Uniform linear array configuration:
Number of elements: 8
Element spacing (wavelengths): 1
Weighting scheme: binomial
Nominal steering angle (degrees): -45
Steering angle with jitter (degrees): -45.565
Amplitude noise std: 0.05
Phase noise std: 0.05

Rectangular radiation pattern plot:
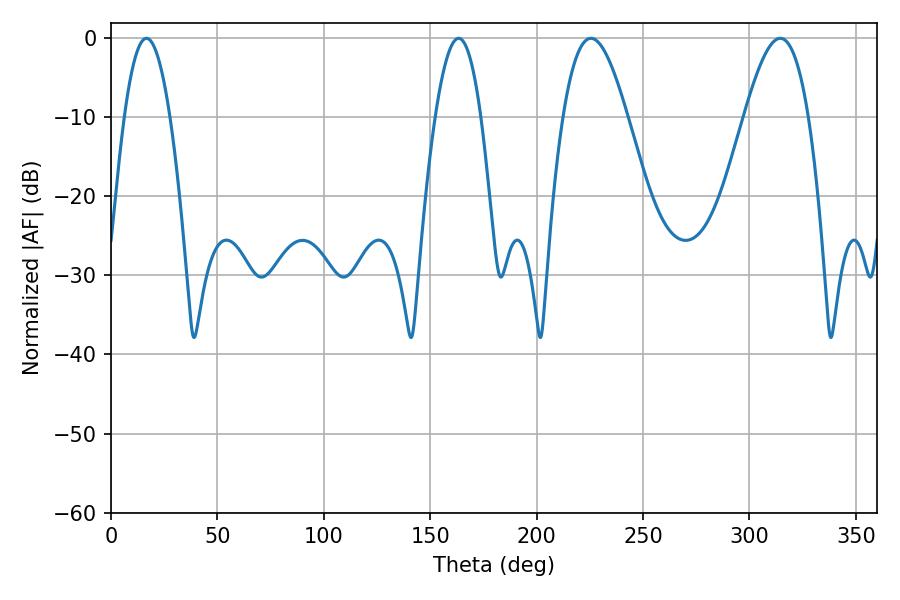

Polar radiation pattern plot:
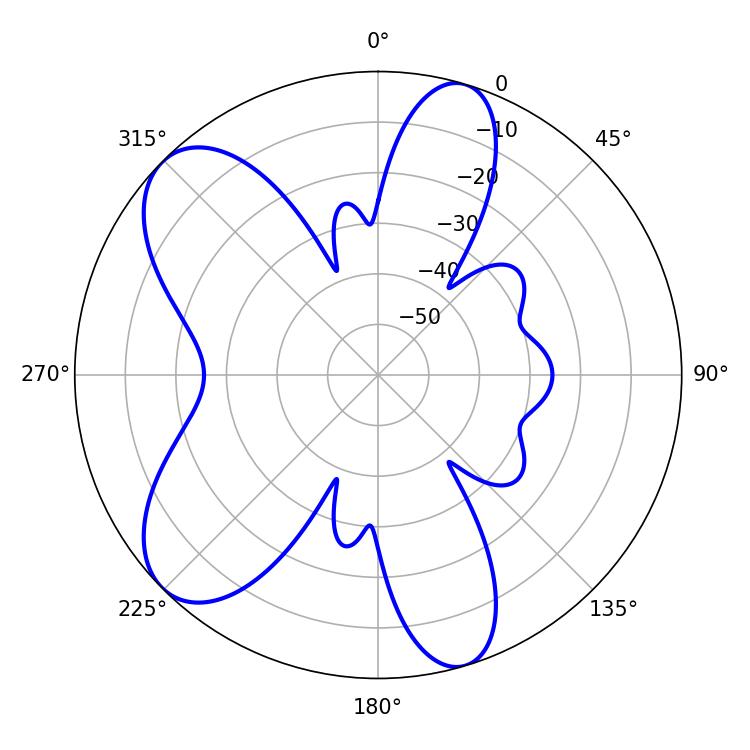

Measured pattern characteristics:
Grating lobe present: TRUE
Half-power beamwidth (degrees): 16.38
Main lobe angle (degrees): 225.54